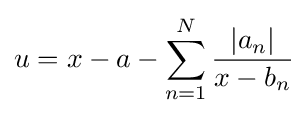
u=x-a-\sum _{n=1}^{N}{\frac {|a_{n}|}{x-b_{n}}}